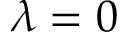
\lambda = 0